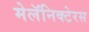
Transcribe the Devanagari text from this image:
मेलॅनिक्टेरस